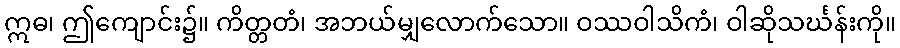
ဣဓ၊ ဤကျောင်း၌။ ကိတ္တတံ၊ အဘယ်မျှလောက်သော။ ဝဿဝါသိကံ၊ ဝါဆိုသင်္ဃန်းကို။